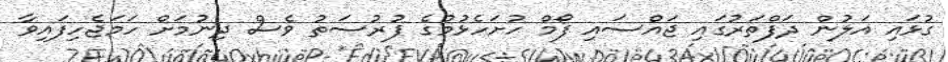
ގުޅައި އަލުން ދަފްތަރުގައި ޖައްސައި ފޯމް ހުށަހެޅުމުގެ ފުރުސަތު ވެސް ދިނުމަށް ހަަމަޖެހިފައިވާ